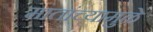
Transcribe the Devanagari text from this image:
मातांच्यामुळे